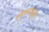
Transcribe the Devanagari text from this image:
होतानासुद्धा